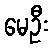
မေဦး